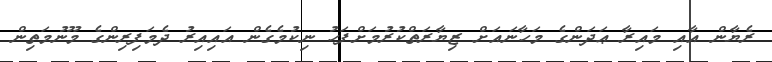
ރެޔާން އާއި މައިރާ ޢަދަންގެ މަހާނައަށް ޒިޔާރަތްކުރުމަށްފަހު ނިކުމެގެން އައިއިރު ދެމަފިރިންގެ މޫނުމަތިން